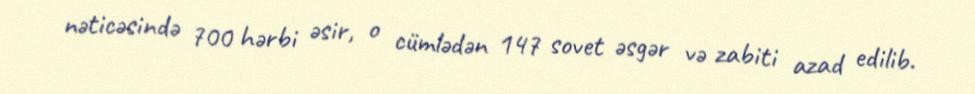
nəticəsində 700 hərbi əsir, o cümlədən 147 sovet əsgər və zabiti azad edilib.